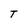
Character: T